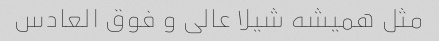
مثل همیشه شیلا عالی و فوق العادس